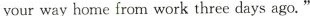
your way home from work three days ago."